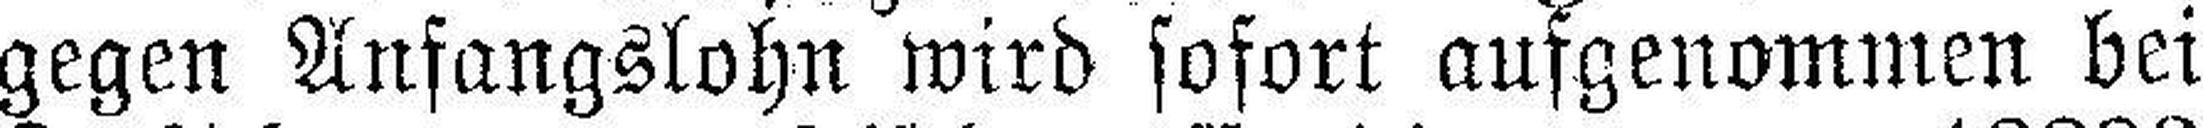
gegen Anfangslohn wird sofort aufgenommen bei